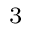
_ 3